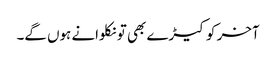
آخر کو کیڑے بھی تو نکلوانے ہوں گے۔